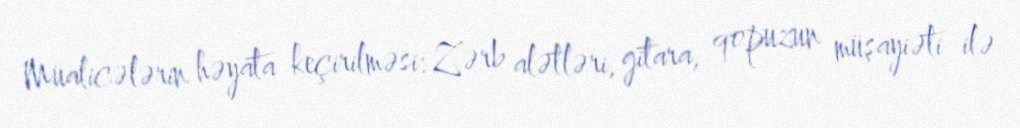
Müalicələrin həyata keçirilməsi: Zərb alətləri, gitara, qopuzun müşayiəti ilə